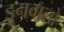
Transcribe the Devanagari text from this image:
ड्रुनवालो